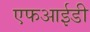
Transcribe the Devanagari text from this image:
एफआईडी